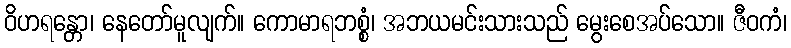
ဝိဟရန္တော၊ နေတော်မူလျက်။ ကောမာရဘစ္စံ၊ အဘယမင်းသားသည် မွေးစေအပ်သော။ ဇီဝကံ၊